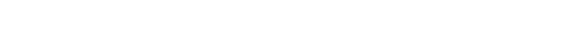
ယံ ဣတ္ထိံ၊ ကို။ ဩဘာသတိ၊ ၏။ သာ၊ ထိုပြောအပ်သော မိန်းမသည်။ သစေ